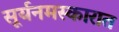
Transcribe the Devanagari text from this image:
सूर्यनमस्कारात